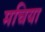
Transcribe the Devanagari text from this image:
मचिया